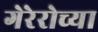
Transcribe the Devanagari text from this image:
गेरेरोच्या